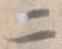
二